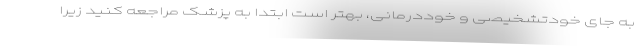
به جای خودتشخیصی و خوددرمانی، بهتر است ابتدا به پزشک مراجعه کنید زیرا